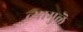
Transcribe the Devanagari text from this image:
त्यामुळॆ